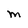
Character: M